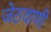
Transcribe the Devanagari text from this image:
जेठवाणी